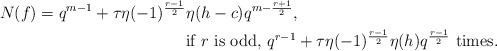
LaTeX: \begin{align*}N(f)=q^{m-1}+\tau\eta(-1)^{\frac{r-1}{2}}&\eta(h-c)q^{m-\frac{r+1}{2}}, \\ &\mbox{if $r$ is odd, $q^{r-1}+\tau\eta(-1)^{\frac{r-1}{2}}\eta(h)q^{\frac{r-1}{2}}$ times.}\end{align*}